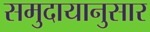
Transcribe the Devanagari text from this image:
समुदायानुसार